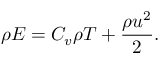
\rho E = C _ { v } \rho T + \frac { \rho { u } ^ { 2 } } { 2 } .